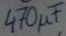
Text: 470µF